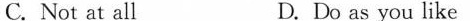
C. Not at all D. Do as you like